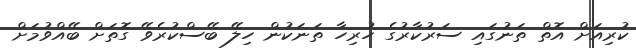
ކުރިއަށް އޮތް ތަނުގައި ސަރުކާރުގެ ހުރިހާ ތަނަކުން ހިލޭ ބޭސްކުރެވޭ ގޮތަށް ބޭއްވުމަށް